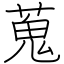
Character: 蒐